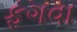
ફગવા